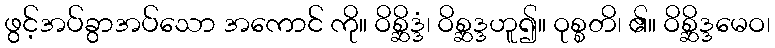
ဖွင့်အပ်ခွာအပ်သော အကောင် ကို။ ဝိစ္ဆိဒ္ဒံ၊ ဝိစ္ဆဒ္ဒဟူ၍။ ဝုစ္စတိ၊ ၏။ ဝိစ္ဆိဒ္ဒမေဝ၊